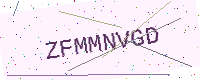
Text: ZFMMNVGD